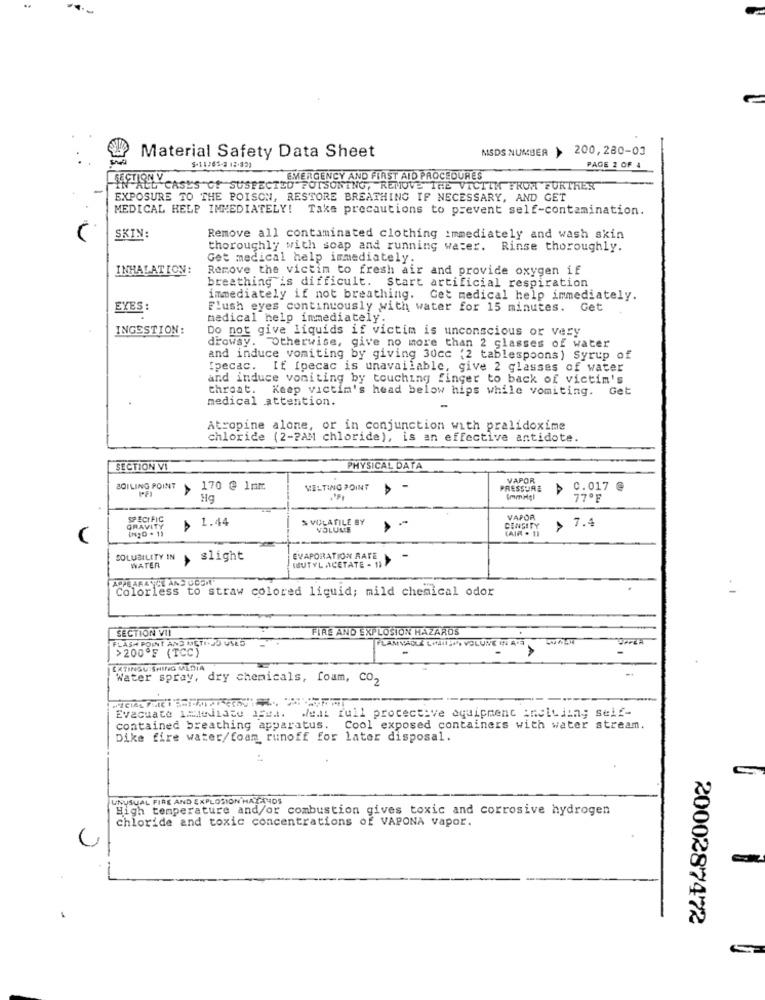
MSDS NUMBER
200,280-03
Material Safety Data Sheet
33.
5-11/65-2 12-32)
PAGE 2 OF 4
SECTION Y
EMERGENCY AND FIRST AID PROCEDURES
ALL CASES G! SUSPECTED POISONING, REMOVE THE VICTIM FROM FURTHER
EXPOSURE TO THE POISON, RESTORE BREATHING IF NECESSARY, AND GET
MEDICAL HELP IMMEDIATELY! Take precautions to prevent self-contamination.
SKIN:
Remove all contaminated clothing immediately and wash skin
thoroughly with soap and running water. Rinse thoroughly.
Get medical help immediately.
INHALATION:
Remove the victim to fresh air and provide oxygen if
breathing is difficult. Start artificial respiration
immediately if not breathing. Get medical help immediately.
EYES
Flush eyes continuously with water for 15 minutes. Get
medical help immediately.
INGESTION:
Do not give liquids if victim is unconscious or very
drowsy. Otherwise, give no more than 2 glasses of water
and induce vomiting by giving 30cc (2 tablespoons) Syrup of
[pecac. If Ipecac is unavailable, give 2 glasses of water
and induce voniting by touching finger to back of victim's
throat. Keep victim's head below hips while vomiting. Get
medical attention.
Atropine alone, or in conjunction with pralidoxime
chloride (2-2AM chloride), is an effective antidote.
SECTION VI
PHYSICAL DATA
VAPOR
BOILING POINT
170 @ 1mm
MELTING POINT
PRESSURE
C.017 @
Immigl
77ºF
SPECIFIC
$ 1.44
& VOLATILE BY
VAPOR
GRAVITY
VOLUME
DENSITY
> 7.4
SOLUBILITY IN
WATER
slight
EVAPORATION RATE
(BUTYL ACETATE - 11
APPEARANCE ANS UCOM"
Colorless to straw colored liquid; mild chemical odor
SECTION VII
FIRE AND EXPLOSION HAZARDS
FLASH POINT AND METHOD USED
FLAMVADLE LINIISI, VOLUNE IN A.S
>200ºF (TCC)
EXTINGUISHING MEDIA
Water spray, dry chemicals, foam, co2
Evacuate imediato 15et. Weat full protective equipment incluiing self-
contained breathing apparatus. Cool exposed containers with water stream.
Dike fire water/foam runoff for later disposal.
UNUSUAL FIRE AND EXPLOSION HAYAMOS
High temperature and/or combustion gives toxic and corrosive hydrogen
chloride and toxic concentrations of VAPONA vapor.
2000287472